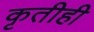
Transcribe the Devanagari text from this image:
कृतीही